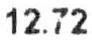
12.72